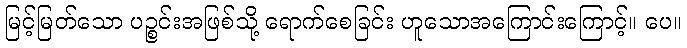
မြင့်မြတ်သော ပဉ္စင်းအဖြစ်သို့ ရောက်စေခြင်း ဟူသောအကြောင်းကြောင့်။ ပေ။